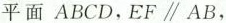
平面ABCD，$$EF\parallel AB$$，